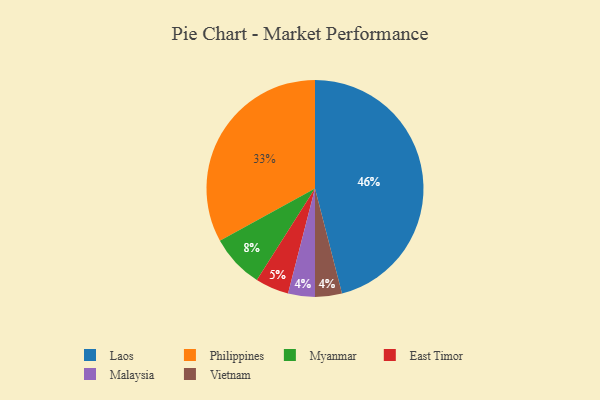
{"axis": {"x": "Category", "y": "Percentage"}, "legend": ["East Timor", "Laos", "Malaysia", "Myanmar", "Philippines", "Vietnam"], "data": [{"x": "Myanmar", "y": 8, "type": "Myanmar"}, {"x": "East Timor", "y": 5, "type": "East Timor"}, {"x": "Malaysia", "y": 4, "type": "Malaysia"}, {"x": "Philippines", "y": 33, "type": "Philippines"}, {"x": "Vietnam", "y": 4, "type": "Vietnam"}, {"x": "Laos", "y": 46, "type": "Laos"}]}